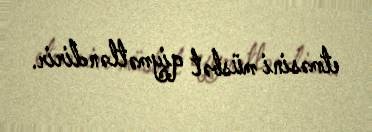
etməsini müsbət qiymətləndirir.